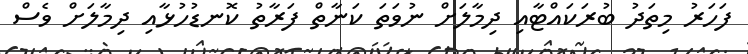
ފަހަރު މިތަދު ބުރަކައްޓާއި ދިމާލަށް ނުވަތަ ކަނާތް ފަރާތު ކޮނޑުހުޅާއި ދިމާލަށް ވެސް